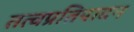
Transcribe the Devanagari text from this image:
तत्वप्रतिपादन